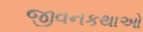
જીવનકથાઓ